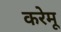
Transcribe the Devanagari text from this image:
करेमू